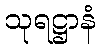
သုရဋ္ဌာနံ